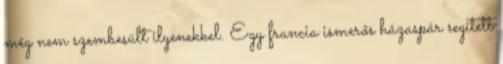
még nem szembesült ilyenekkel. Egy francia ismerős házaspár segített